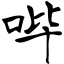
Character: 哔